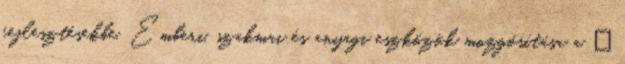
fejlesztésekbe. Emberi, szakmai és anyagi eszközök mozgósítása a „